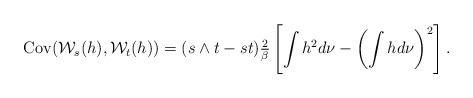
LaTeX: \begin{align*} \mathrm{Cov} (\mathcal{W}_s(h),\mathcal{W}_t(h)) = (s\wedge t-st) \tfrac{2}{\beta} \left[ \int h^2d\nu - \left(\int hd\nu \right)^2 \right] .\end{align*}